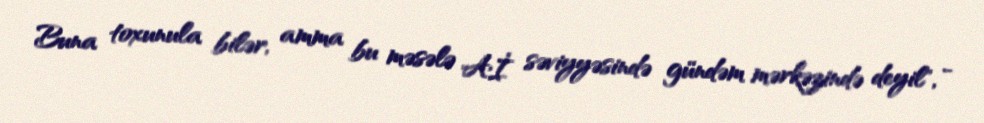
Buna toxunula bilər, amma bu məsələ Aİ səviyyəsində gündəm mərkəzində deyil", -